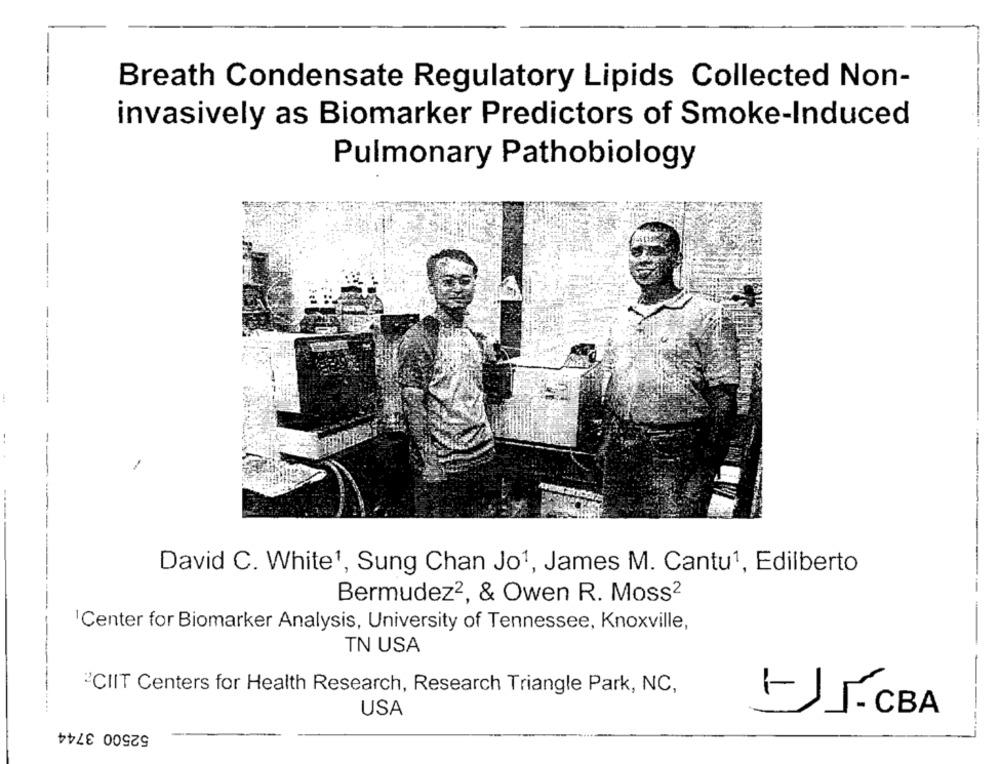
Breath Condensate Regulatory Lipids Collected Non-
invasively as Biomarker Predictors of Smoke-Induced
Pulmonary Pathobiology
David C. White1, Sung Chan Jo1, James M. Cantu1, Edilberto
Bermudez2, & Owen R. Moss2
- -
'Center for Biomarker Analysis, University of Tennessee, Knoxville,
TN USA
2CIIT Centers for Health Research, Research Triangle Park, NC,
USA
- CBA
52500 3744